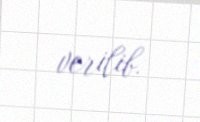
verilib.